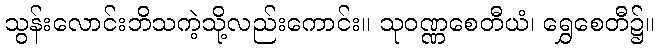
သွန်းလောင်းဘိသကဲ့သို့လည်းကောင်း။ သုဝဏ္ဏစေတီယံ၊ ရွှေစေတီ၌။